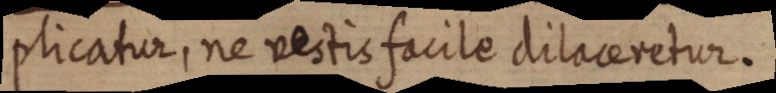
plicatur, ne vestis facile dilaceretur.